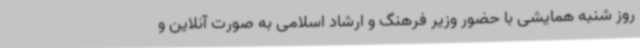
روز شنبه همایشی با حضور وزیر فرهنگ و ارشاد اسلامی به صورت آنلاین و